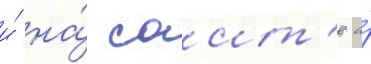
и́ на́ саит'е а́